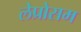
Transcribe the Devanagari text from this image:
लेप्रोसम